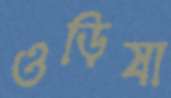
ওড়িষা